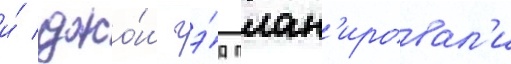
и́ джо́ш гэ́д план'ировал'и